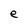
Character: e